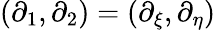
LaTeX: (\partial_{1},\partial_{2})=(\partial_{\xi},\partial_{\eta})